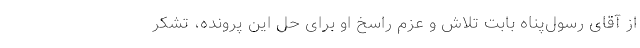
از آقای رسول‌پناه بابت تلاش و عزم راسخ او برای حل این پرونده، تشکر